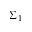
\Sigma _ { 1 }